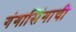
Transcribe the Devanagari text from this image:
गंगासिंगाची